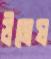
উমেষ